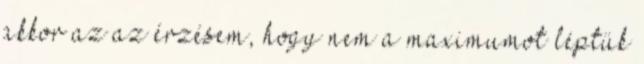
akkor az az érzésem, hogy nem a maximumot léptük